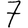
Digit: 7